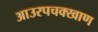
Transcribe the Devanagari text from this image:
आउरपचक्खाण